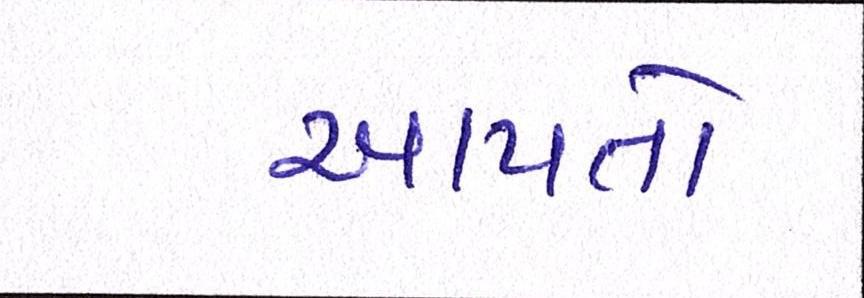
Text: આપતો